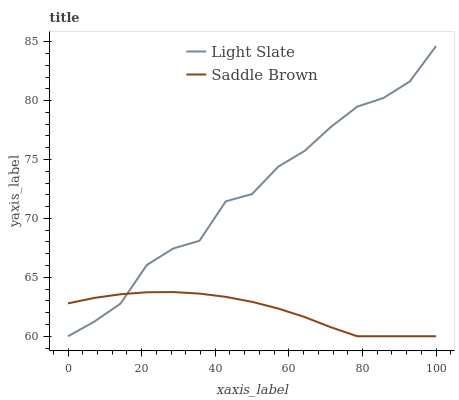
| xaxis_label | Light Slate | Saddle Brown |
 | --- | --- | --- |
 | 0 | 60 | 62.8 |
 | 7.14 | 61.2 | 63.3 |
 | 14.3 | 62.8 | 63.6 |
 | 21.4 | 66.1 | 63.7 |
 | 28.6 | 67.4 | 63.7 |
 | 35.7 | 68.1 | 63.6 |
 | 42.9 | 71.4 | 63.3 |
 | 50 | 72.1 | 62.9 |
 | 57.1 | 74.4 | 62.3 |
 | 64.3 | 75.7 | 61.6 |
 | 71.4 | 77.8 | 60.8 |
 | 78.6 | 79.5 | 60 |
 | 85.7 | 80.2 | 60 |
 | 92.9 | 81.6 | 60 |
 | 100 | 84.6 | 60 |